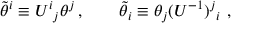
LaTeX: \tilde { \theta } ^ { i } \equiv U ^ { i } { } _ { j } \theta ^ { j } \, , \qquad \tilde { \theta } _ { i } \equiv \theta _ { j } ( U ^ { - 1 } ) ^ { j } { } _ { i } \ ,